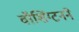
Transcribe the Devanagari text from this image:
वॉशिंग्टनने